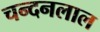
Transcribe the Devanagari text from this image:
चन्दनलाल